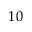
1 0